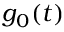
g _ { 0 } ( t )